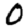
Digit: 0